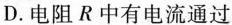
D.电阻R中有电流通过